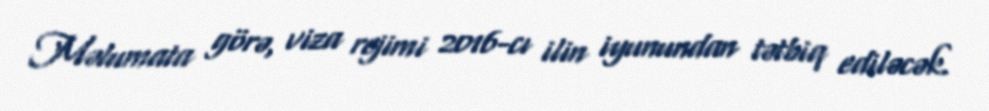
Məlumata görə, viza rejimi 2016-cı ilin iyunundan tətbiq ediləcək.